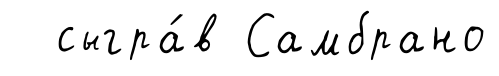
сыгра́в Самбрано